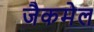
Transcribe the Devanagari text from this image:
जैकमेल